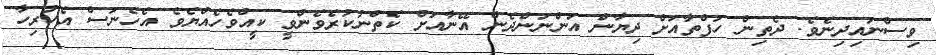
ވިސްނައިދިނެވެ. ދެތިން ހަފްތާއަށް ދިޔާން އަންނަންދެން އޭނާއަށް ކެތްނުކުރެވެންވީ ކީއްވެހެއްޔެވެ އެހެނަސް އެހުރިހާ